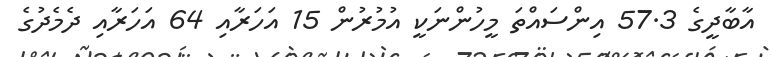
އާބާދީގެ 57.3 އިންސައްތަ މީހުންނަކީ އުމުރުން 15 އަހަރާއި 64 އަހަރާއި ދެމެދުގެ